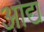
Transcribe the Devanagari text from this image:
अाद्य